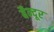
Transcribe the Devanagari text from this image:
बैन्दूर